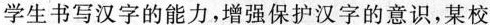
学生书写汉字的能力，增强保护汉字的意识，某校